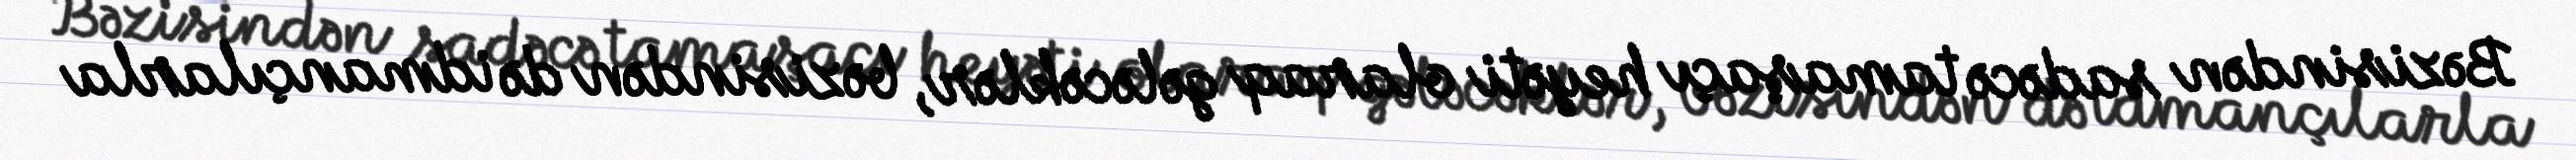
Bəzisindən sadəcə tamaşaçı heyəti olaraq gələcəklər, bəzisindən də idmançılarla